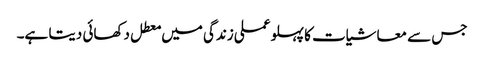
جس سے معاشیات کا پہلو عملی زندگی میں معطل دکھائی دیتا ہے۔